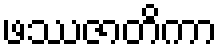
ဖဿဇာတိကာ